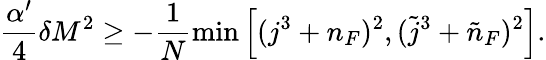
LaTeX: \frac{\alpha^{\prime}}4\delta M^{2}\ge-\frac 1N\operatorname*{min}\left[(j^{3}+n_{F})^{2},(\tilde{j}^{3}+\tilde{n}_{F})^{2}\right].